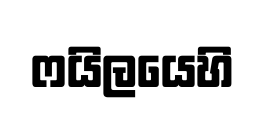
ෆයිලයෙහි